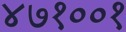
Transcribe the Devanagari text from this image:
४७१००१